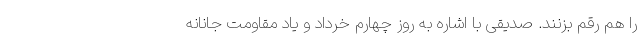
را هم رقم بزنند. صدیقی با اشاره به روز چهارم خرداد و یاد مقاومت جانانه